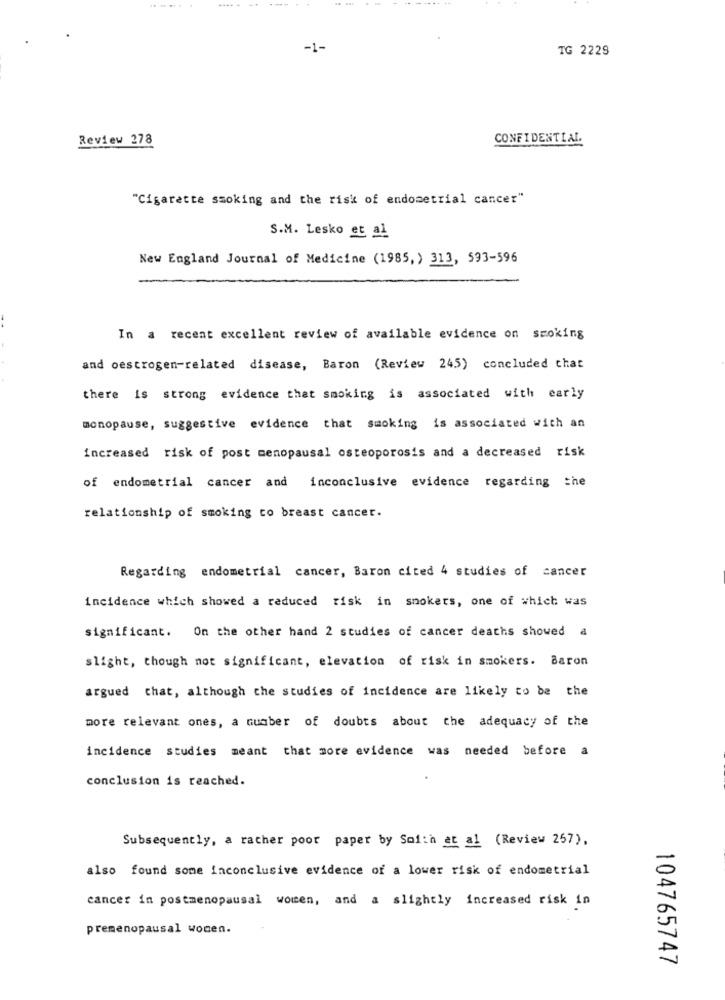
.... .
....
-1-
TG 2229
Review 278
CONFIDENTIAL
"Cigarette smoking and the risk of endometrial cancer"
S.M. Lesko et al
New England Journal of Medicine (1985,) 313, 593-596
In a recent excellent review of available evidence on smoking
and oestrogen-related disease, Baron (Review 245) concluded that
there is strong evidence that smoking is associated with early
monopause, suggestive evidence that smoking is associated with an
increased risk of post menopausal osteoporosis and a decreased risk
of endometrial cancer and inconclusive evidence regarding the
relationship of smoking to breast cancer.
Regarding endometrial cancer, Baron cited 4 studies of cancer
incidence which showed a reduced risk in smokers, one of which was
significant.
On the other hand 2 studies of cancer deaths showed a
slight, though not significant, elevation of risk in smokers. Baron
argued that, although the studies of incidence are likely to be the
more relevant ones, a number of doubts about the adequacy of the
incidence studies meant that more evidence was needed before a
conclusion is reached.
Subsequently, a racher poor paper by Softh et al (Review 257).
also found some inconclusive evidence of a lower risk of endometrial
cancer in postmenopausal women, and a slightly increased risk in
premenopausal wonen.
104765747